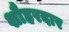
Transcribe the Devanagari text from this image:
शौहरदार